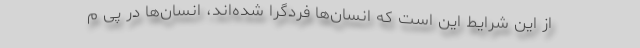
از این شرایط این است که انسان‌ها فردگرا شده‌اند، انسان‌ها در پی م